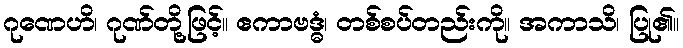
ဂုဏေဟိ၊ ဂုဏ်တို့ဖြင့်။ ဧကာဗဒ္ဓံ၊ တစ်စပ်တည်းကို။ အကာသိ၊ ပြု၏။